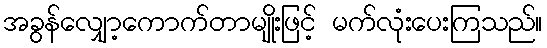
အခွန်လျှော့ကောက်တာမျိုးဖြင့် မက်လုံးပေးကြသည်။